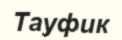
Тауфик